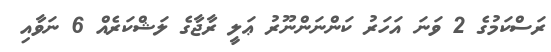
ރަސްކަމުގެ 2 ވަނަ އަހަރު ކަންނަންނޫރު ޢަލީ ރާޖާގެ ލަޝްކަރެއް 6 ނަވާއި